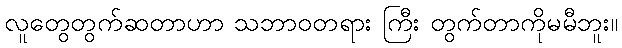
လူတွေတွက်ဆတာဟာ သဘာဝတရား ကြီး တွက်တာကိုမမီဘူး။